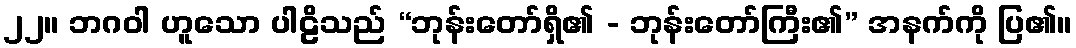
၂၂။ ဘဂဝါ ဟူသော ပါဠိသည် “ဘုန်းတော်ရှိ၏ - ဘုန်းတော်ကြီး၏” အနက်ကို ပြ၏။